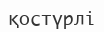
қостүрлі